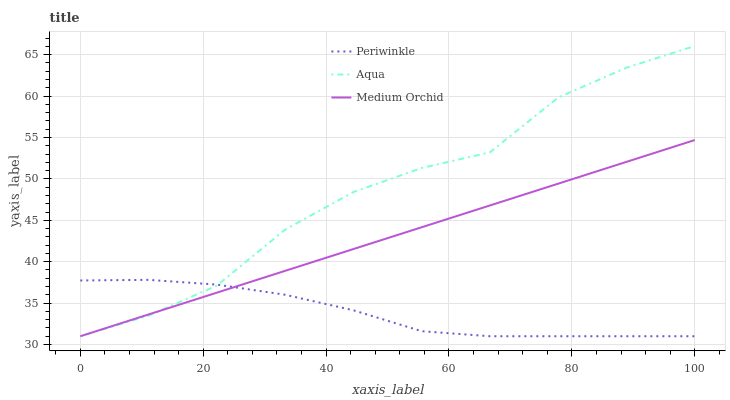
| xaxis_label | Periwinkle | Aqua | Medium Orchid |
 | --- | --- | --- | --- |
 | 0 | 37.7 | 31 | 31 |
 | 11.1 | 37.8 | 33.5 | 33.6 |
 | 22.2 | 37.2 | 37.1 | 36.3 |
 | 33.3 | 36 | 43.9 | 38.9 |
 | 44.4 | 34.1 | 48.4 | 41.5 |
 | 55.6 | 31.6 | 51.3 | 44.2 |
 | 66.7 | 31 | 53.2 | 46.8 |
 | 77.8 | 31 | 59.8 | 49.4 |
 | 88.9 | 31 | 63.4 | 52.1 |
 | 100 | 31 | 66 | 54.7 |